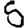
Digit: 5